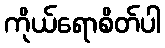
ကိုယ်ရောစိတ်ပါ